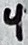
Text: 4